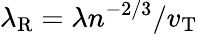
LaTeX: \lambda_{\mathrm{R}}=\lambda n^{-2/3}/v_{\mathrm{T}}